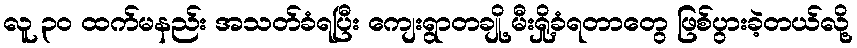
လူ ၃၀ ထက်မနည်း အသတ်ခံရပြီး ကျေးရွာတချို့ မီးရှို့ခံရတာတွေ ဖြစ်ပွားခဲ့တယ်လို့